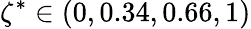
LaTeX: \zeta^{*}\in(0,0.34,0.66,1)